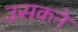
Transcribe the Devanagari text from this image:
उसकने